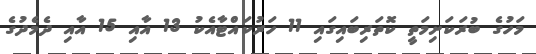
މަހުގެ ބުރަކަށިމަތީ ކޮތަރިބައިގައި 11 ހަރުކައްޓާއެކު 13 އާއި 15 އާއި ދެމެދުގެ